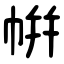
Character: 帲